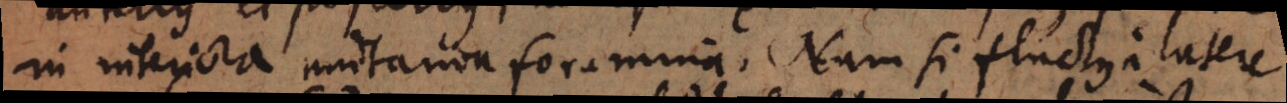
in interiora mutanda foramina. Nam si fluctus a latere